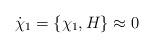
LaTeX: \begin{align*}\dot{\chi}_{1}=\left\{ \chi_{1},H\right\} \approx0\end{align*}